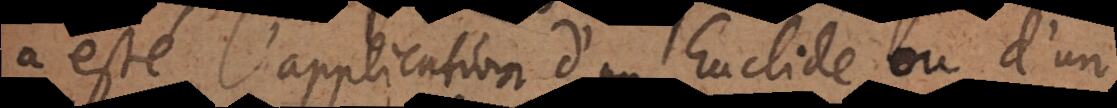
a esté l’application d’un Euclide ou d’un